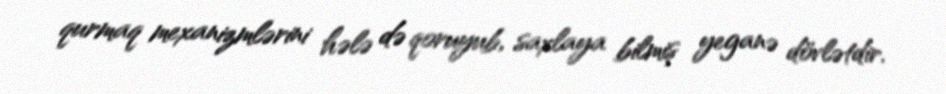
qurmaq mexanizmlərini hələ də qoruyub, saxlaya bilmiş yeganə dövlətdir.